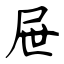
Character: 屉